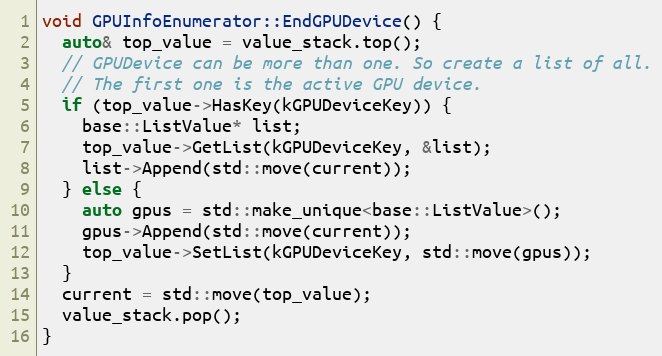
Language: C++
void GPUInfoEnumerator::EndGPUDevice() {
  auto& top_value = value_stack.top();
  // GPUDevice can be more than one. So create a list of all.
  // The first one is the active GPU device.
  if (top_value->HasKey(kGPUDeviceKey)) {
    base::ListValue* list;
    top_value->GetList(kGPUDeviceKey, &list);
    list->Append(std::move(current));
  } else {
    auto gpus = std::make_unique<base::ListValue>();
    gpus->Append(std::move(current));
    top_value->SetList(kGPUDeviceKey, std::move(gpus));
  }
  current = std::move(top_value);
  value_stack.pop();
}